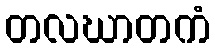
တလဃာတကံ